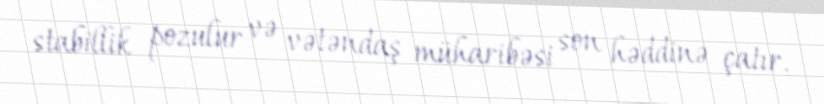
stabillik pozulur və vətəndaş müharibəsi son həddinə çatır.